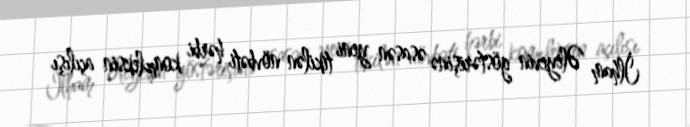
İlham Əliyevin göstərişinə əsasən yeni tikilən növbəti hərbi kompleksin açılışı